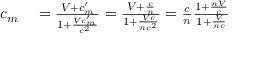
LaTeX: \begin{array} { r l } { c _ { m } } & { { } = { \frac { V + c _ { m } ^ { \prime } } { 1 + { \frac { V c _ { m } ^ { \prime } } { c ^ { 2 } } } } } = { \frac { V + { \frac { c } { n } } } { 1 + { \frac { V c } { n c ^ { 2 } } } } } = { \frac { c } { n } } { \frac { 1 + { \frac { n V } { c } } } { 1 + { \frac { V } { n c } } } } } \end{array}